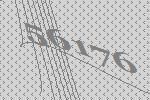
56176